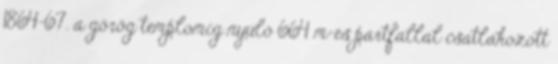
1864-67. a görög templomig nyúló 664 m-es partfallal csatlakozott